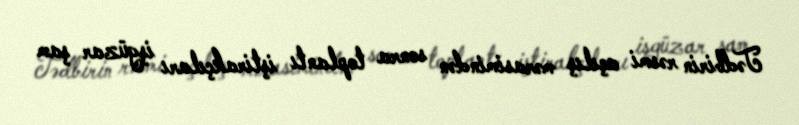
Tədbirin rəsmi açılış mərasimindən sonra toplantı iştirakçıları işgüzar şam